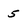
Character: 5